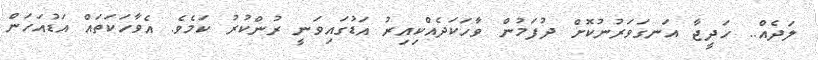
ލަދެއް.. ހަދީޖާ އަނގަވަރުނުކޮށް ދުފަމުން ވާހަކަދެއްކިިއިރު އަޑުގައިވަނީ ރުންކުރު ކަމެވެ. އެވާހަކަތައް އަޑުއަހަން